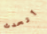
أتحدث